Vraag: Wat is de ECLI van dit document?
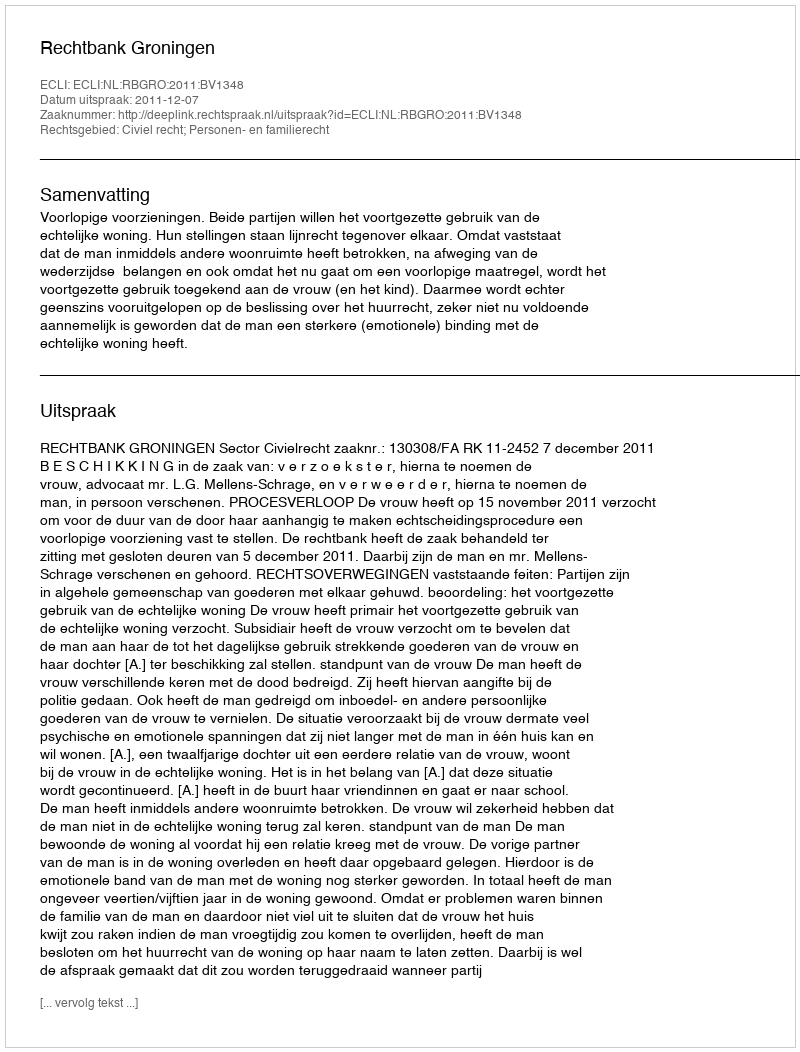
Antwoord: ECLI:NL:RBGRO:2011:BV1348